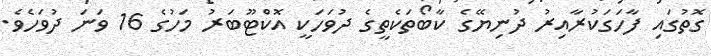
ގޮތުގައި ފާހަގަކުރާއިރު ދުނިޔޭގެ ކާބޯތަކެތީގެ ދުވަހަކީ އޮކްޓޫބަރު މަހުގެ 16 ވަނަ ދުވަހެވެ.